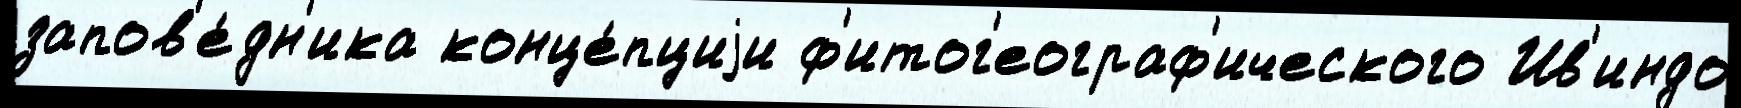
запов'е́дн'ика конце́пциjи ф'итог'еограф'ического Ив'индо